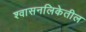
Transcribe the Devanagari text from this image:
श्वासनलिकेतील